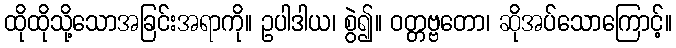
ထိုထိုသို့သောအခြင်းအရာကို။ ဥပါဒါယ၊ စွဲ၍။ ဝတ္တဗ္ဗတော၊ ဆိုအပ်သောကြောင့်။